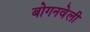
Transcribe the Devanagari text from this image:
बोगनवेली